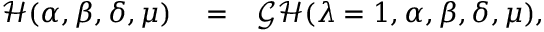
\begin{array} { r l r } { \mathcal { H } ( \alpha , \beta , \delta , \mu ) } & { { } = } & { \mathcal { G H } ( \lambda = 1 , \alpha , \beta , \delta , \mu ) , } \end{array}